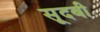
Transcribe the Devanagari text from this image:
सूदबी